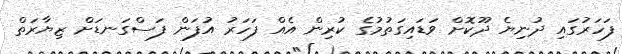
ފަހަރުގައި ދުނިޔެ ދޫކޮށް ވަޑައިގަތުމުގެ ކުރިން އެއް ފަހަރު އުފަން ފަސްގަނޑަށް ޒިޔާރަތް